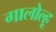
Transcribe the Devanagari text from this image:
गालोल्हू